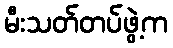
မီးသတ်တပ်ဖွဲ့က